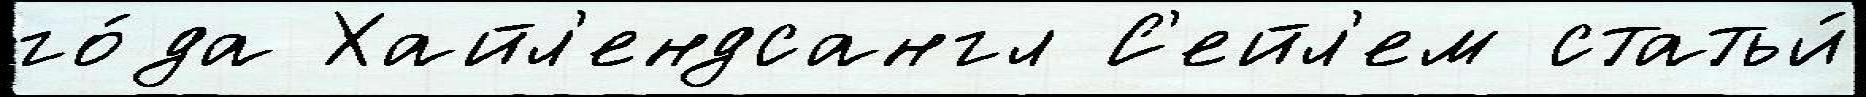
го́да Хайл'ендсангл С'ейл'ем статьи́